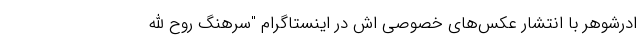
ادرشوهر با انتشار عکس‌های خصوصی اش در اینستاگرام "سرهنگ روح الله